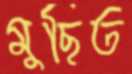
মুছিত